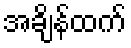
အချိန်ထက်